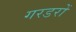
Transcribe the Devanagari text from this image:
गरडरों